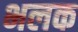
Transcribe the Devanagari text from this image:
भलक